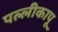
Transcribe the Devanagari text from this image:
पल्लीकापू